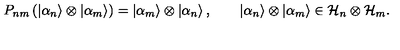
P _ { n m } \left( \left| \alpha _ { n } \right\rangle \otimes \left| \alpha _ { m } \right\rangle \right) = \left| \alpha _ { m } \right\rangle \otimes \left| \alpha _ { n } \right\rangle , \qquad \left| \alpha _ { n } \right\rangle \otimes \left| \alpha _ { m } \right\rangle \in { \cal H } _ { n } \otimes { \cal H } _ { m } .